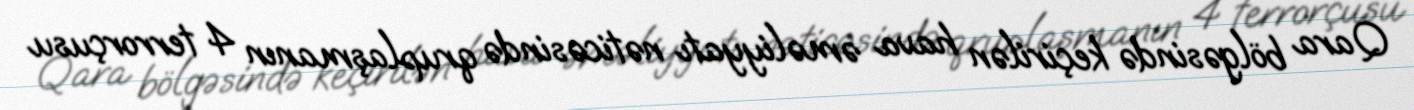
Qara bölgəsində keçirilən hava əməliyyatı nəticəsində qruplaşmanın 4 terrorçusu